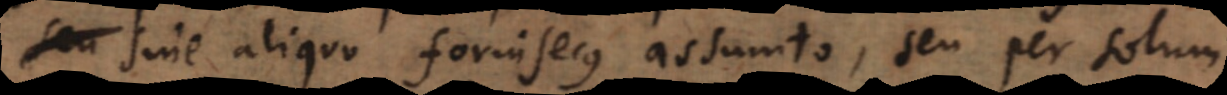
seu aliquo forinsecus assumto, seu per solum